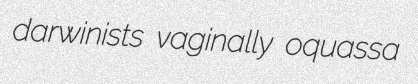
darwinists vaginally oquassa